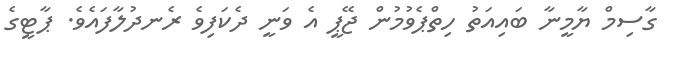
ގާސިމް ޔާމީނާ ބައިއަތު ހިތްޕެވުމުން ޖޭޕީ އެ ވަނީ ދެކަފިވެ ރެނދުލާފައެވެ. ޕާޓީގެ